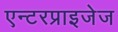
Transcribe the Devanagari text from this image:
एन्टरप्राइजेज